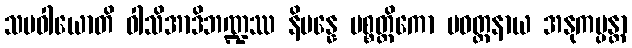
သမဝါယောတိ ဝါသိအာဒိဘဏ္ဍဿ နိပန္နေ ပစ္စတ္ထိကော ပဝတ္တနာယ အနုကမ္ပန္တာ